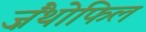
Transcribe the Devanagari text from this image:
ज़ैंथोफिल